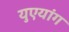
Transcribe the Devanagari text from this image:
युएयांग